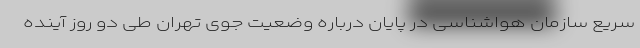
سریع سازمان هواشناسی در پایان درباره وضعیت جوی تهران طی دو روز آینده